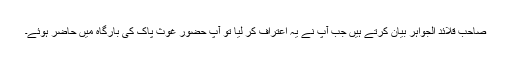
صاحب قلائد الجواہر بیان کرتے ہیں جب آپ نے یہ اعتراف کر لیا تو آپ حضور غوثِ پاک کی بارگاہ میں حاضر ہوئے۔